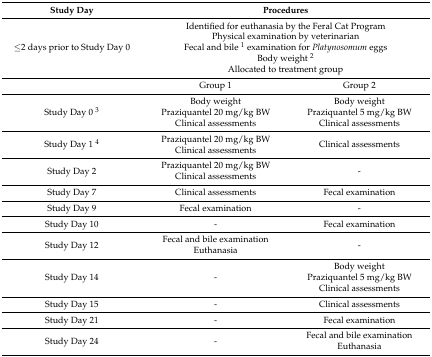
| Study Day | <COLSPAN=2> Procedures |
 | --- | --- | --- |
 | ≤2 days prior to Study Day 0 | <COLSPAN=2> Identified for euthanasia by the Feral Cat ProgramPhysical examination by veterinarianFecal and bile 1 examination for Platynosomum eggsBody weight 2Allocated to treatment group |
 |  | Group 1 | Group 2 |
 | Study Day 0 3 | Body weightPraziquantel 20 mg/kg BWClinical assessments | Body weightPraziquantel 5 mg/kg BWClinical assessments |
 | Study Day 1 4 | Praziquantel 20 mg/kg BWClinical assessments | Clinical assessments |
 | Study Day 2 | Praziquantel 20 mg/kg BWClinical assessments | - |
 | Study Day 7 | Clinical assessments | Fecal examination |
 | Study Day 9 | Fecal examination | - |
 | Study Day 10 | - | Fecal examination |
 | Study Day 12 | Fecal and bile examinationEuthanasia | - |
 | Study Day 14 | - | Body weightPraziquantel 5 mg/kg BWClinical assessments |
 | Study Day 15 | - | Clinical assessments |
 | Study Day 21 | - | Fecal examination |
 | Study Day 24 | - | Fecal and bile examinationEuthanasia |